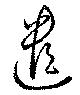
遣